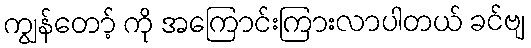
ကျွန်တော့် ကို အကြောင်းကြားလာပါတယ် ခင်ဗျ